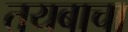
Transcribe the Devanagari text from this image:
तयबाचा